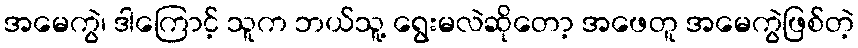
အမေကွဲ၊ ဒါကြောင့် သူက ဘယ်သူ့ ရွေးမလဲဆိုတော့ အဖေတူ အမေကွဲဖြစ်တဲ့